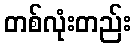
တစ်လုံးတည်း